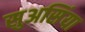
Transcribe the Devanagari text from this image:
सुअसिंया